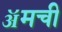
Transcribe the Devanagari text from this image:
ॲमची